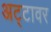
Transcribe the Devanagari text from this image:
अट्टावर